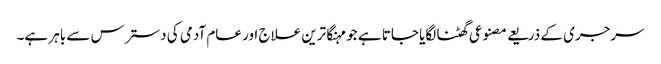
سرجری کے ذریعے مصنوعی گھٹنا لگایا جاتا ہے جو مہنگا ترین علاج اور عام آدمی کی دسترس سے باہر ہے۔